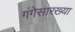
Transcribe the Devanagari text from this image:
गंगेसारख्या